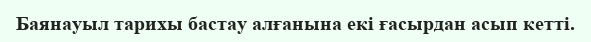
Баянауыл тарихы бастау алғанына екі ғасырдан асып кетті.